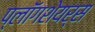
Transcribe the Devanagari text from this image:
प्लॉगशेयर्स